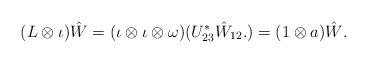
LaTeX: \begin{align*}(L \otimes \iota) \hat W = (\iota \otimes \iota \otimes\omega)(U_{23}^*\hat W_{12}.) = (1 \otimes a)\hat W. \end{align*}